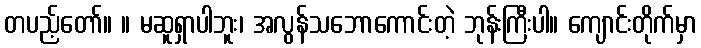
တပည့်တော်။ ။ မဆူရှာပါဘူး၊ အလွန်သဘောကောင်းတဲ့ ဘုန်းကြီးပါ။ ကျောင်းတိုက်မှာ